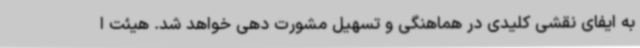
به ایفای نقشی کلیدی در هماهنگی و تسهیل مشورت دهی خواهد شد. هیئت ا